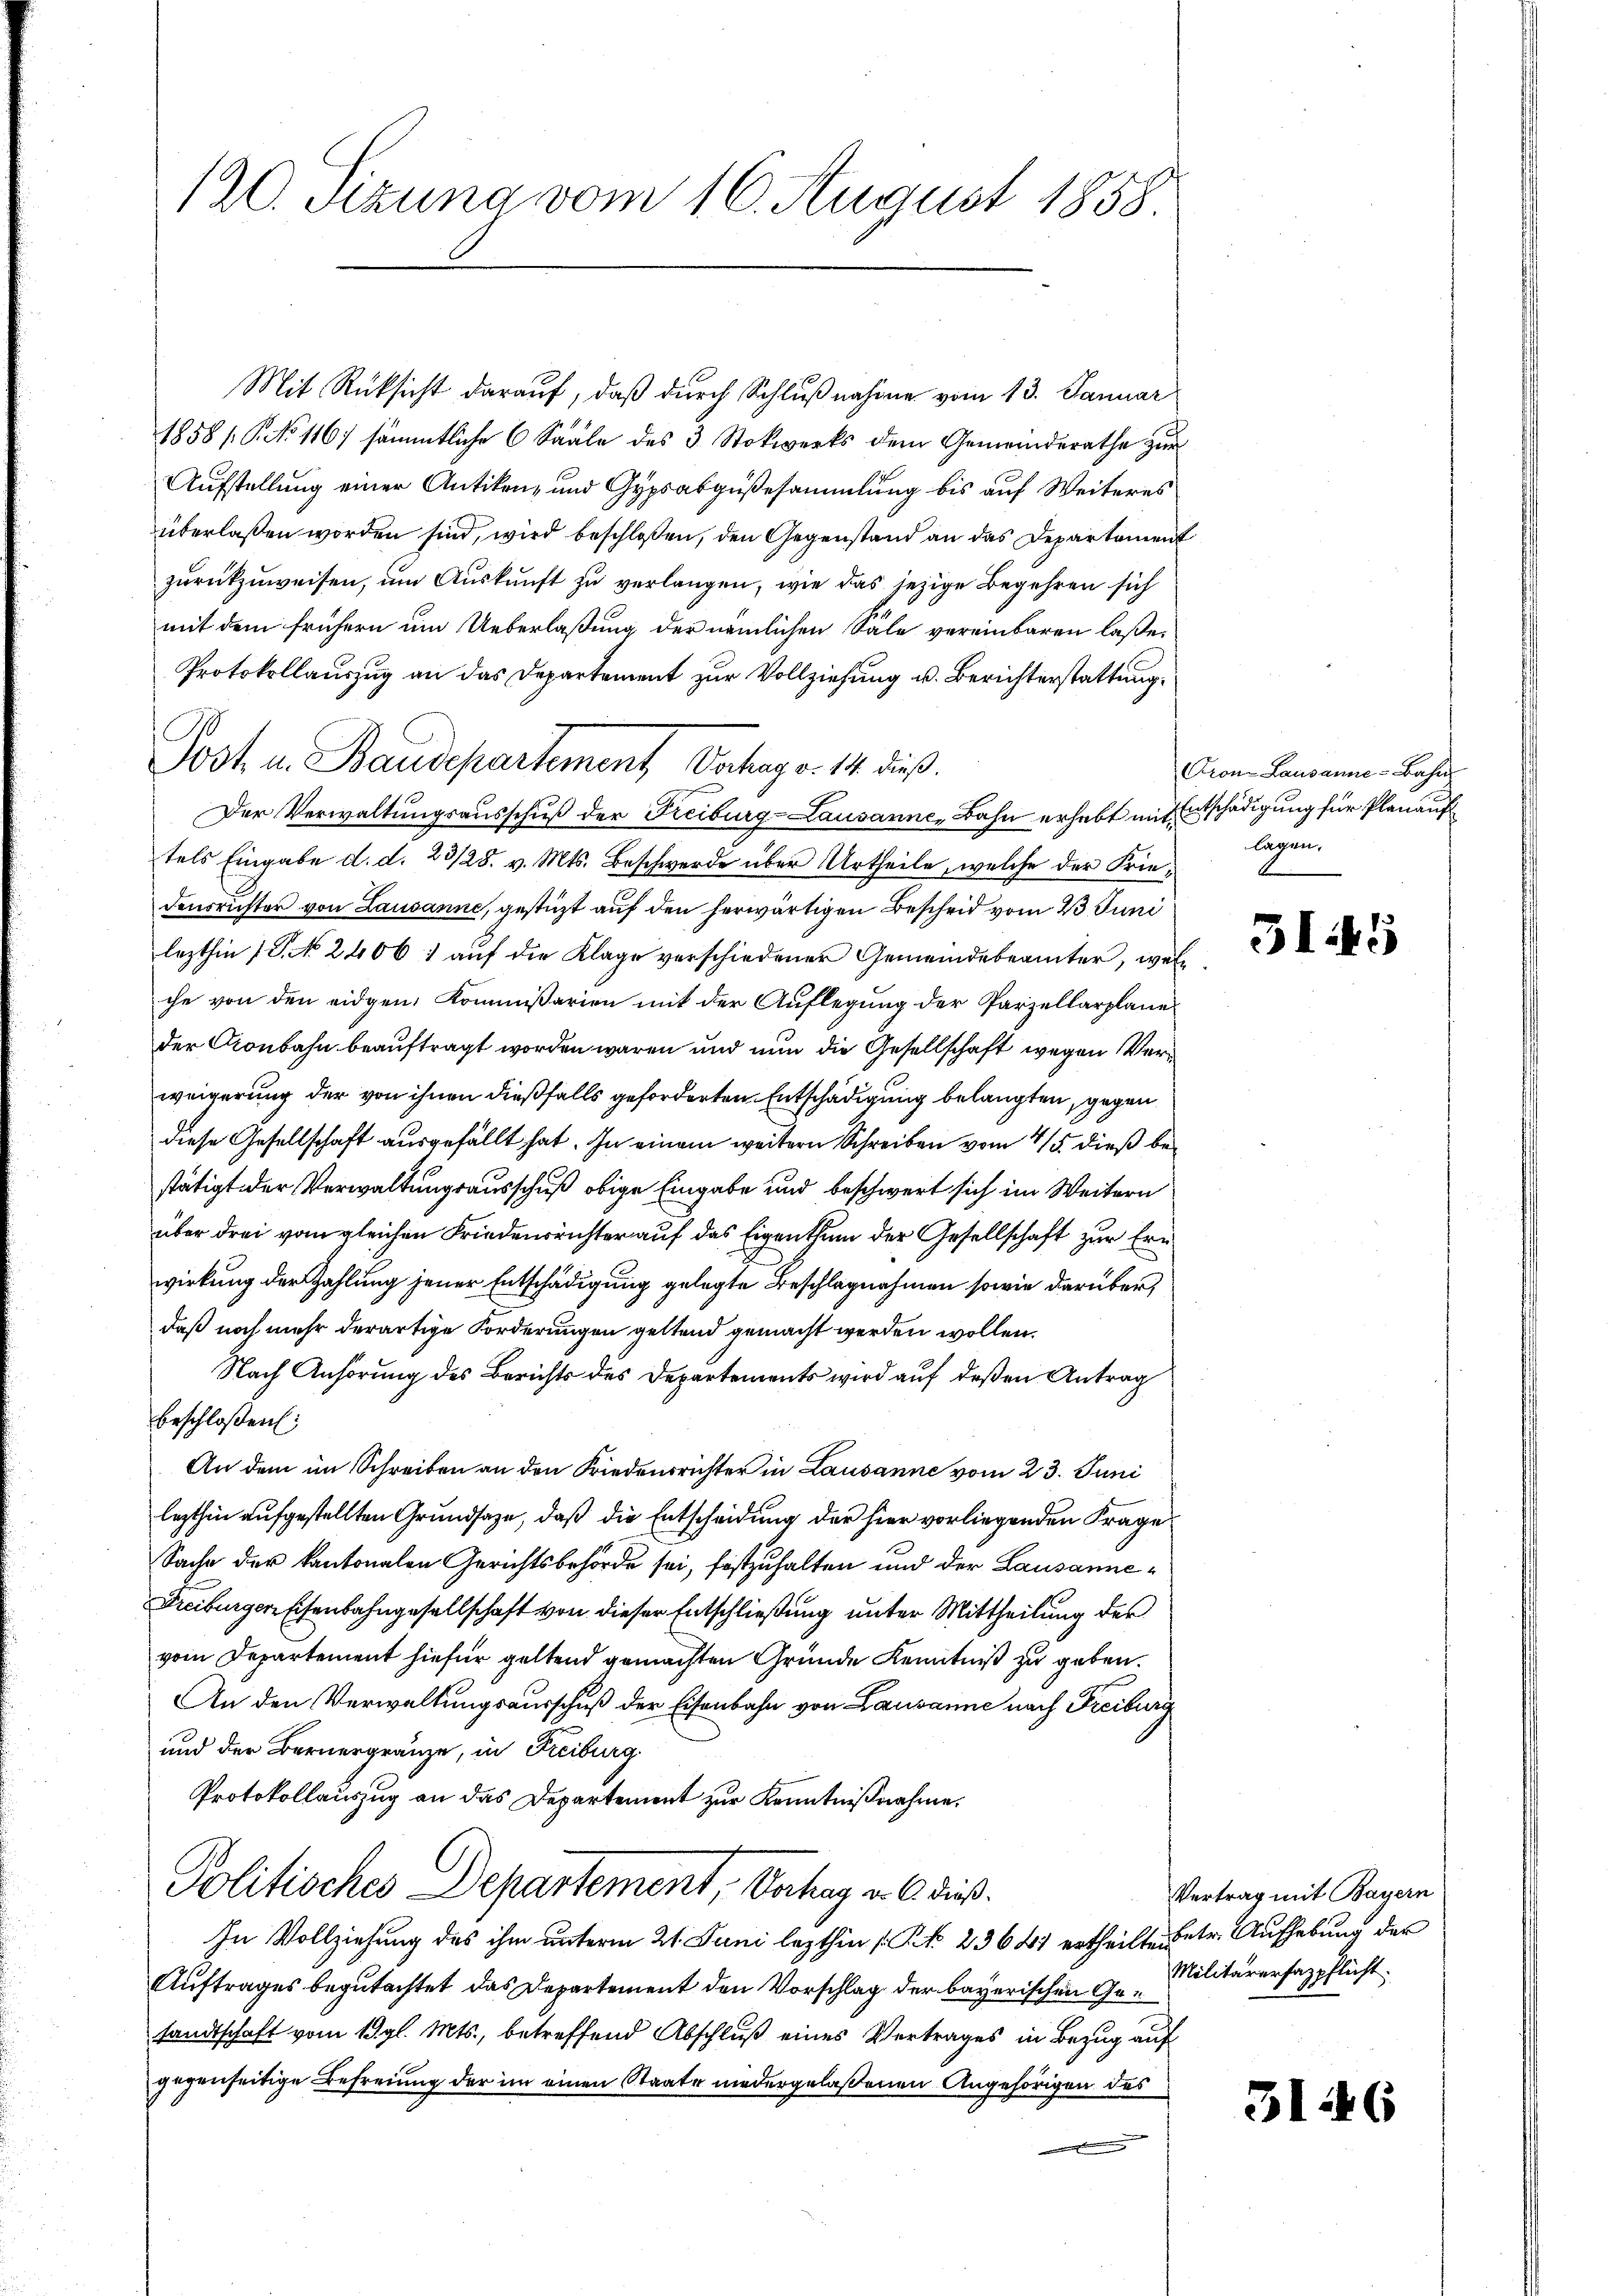
120. Sitzung vom 16. August 1858.

Mit Rücksicht darauf, daß durch Schlußnahme vom 13. Januar
1858 / P. No 116) sämmtliche 6 Saale des 3 Stokwerks dem Gemeinderathe zur
Aufstellung einer Antiken- und Gypsabgußesammlung bis auf Weiteres
überlaßen worden sind, wird beschloßen, den Gegenstand an das Departement
zurückzuweisen, um Auskunft zu verlangen, wie das jezige Begehren sich
mit dem frühern um Ueberlaßung der nämlichen Säle vereinbaren laße¬
Protokollauszug an das Departement zur Vollziehung u. Berichterstattung.
Der Verwaltungsausschuß der Freiburg-Lausanne, Bahn erhebt mit Entschädigung für Planauf
tels Eingabe d. d. 23/28. v. Mts. Beschwerde über Urtheile, welche der Friedensrichter von Lausanne, gestüzt auf den herwärtigen Bescheid vom 23 Juni
lezthin 1 S. No. 2406 1 auf die Klage verschiedener Gemeindebeamter, welche von den eidgen. Kommissarien mit der Auflegung der Parzellarplane
der Aronbahn beauftragt worden wären und nun die Gesellschaft wegen Verweigerung der von ihnen dießfalls geforderten Entschädigung belangten, gegen
diese Gesellschaft ausgefällt hat. In einem weitern Schreiben vom 4/5. dieß bestätigt der Verwaltungsausschuß obige Eingabe und beschwert sich im Weitern
über drei vom gleichen Friedensrichter auf das Eigenthum der Gesellschaft zur Ern
wirkung der Zahlung jener Entschädigung gelegte Beschlagnahmen sowie darüber
daß noch mehr derartige Forderungen geltend gemacht werden wollen.
Nach Anhörung des Berichts des Departements wird auf deßen Antrag
beschloßen:
An dem im Schreiben an den Friedensrichter in Lausanne vom 23. Juni
lezthin aufgestellten Grundsaze, daß die Entscheidung der hier vorliegenden Frage
Sache der kantonalen Gerichtsbehörde sei, festzuhalten und der Lausanne¬
Freiburger Eisenbahngesellschaft von dieser Entschließung unter Mittheilung der
vom Departement hiefür geltend gemachten Gründe Kenntniß zu geben.
An den Verwaltungsausschuß der Eisenbahn von Lausanne nach Freiburg
und der Bernergränze, in Freiburg
Protokollauszug an das Departement zur Kenntnißnahme,
Politisches Departement, Vorhag u. 6. dieß.
In Vollziehung des ihm unterm 21. Juni lezthin (: Rt. 23641 ertheilten betr. Aufhebung der
Auftrages begutachtet das Departement den Vorschlag der bayerischen Gesandtschaft vom 19. gl. Mts., betreffend Abschluß eines Vertrages in Bezug auf
gegenseitige Befreiung der im einen Staate niedergelaßenen Angehörigen des
s

Post in Baudepartement Dochag v. 14 dieß.

Pron Lausanne-Bahn
lagen.

5145

Vertrag mit Bayern
Militarersazpflicht.

3146